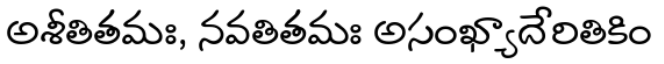
అశీతితమః, నవతితమః అసంఖ్యాదేరితికిం